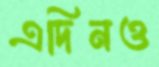
এদিনও